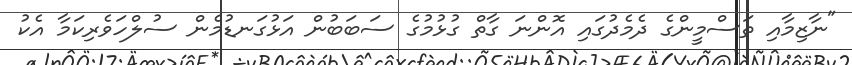
"ނާޒިމާއި ތަސްމީންގެ ދެމެދުގައި އޮންނަ ގާތް ގުޅުމުގެ ސަބަބުން އަޅުގަނޑުމެން ސުލްހަވެރިކަމާ އެކު